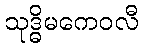
သုဒ္ဓိမကေဝလီ